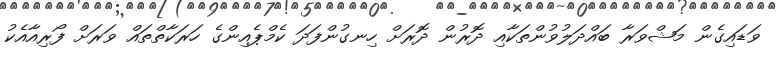
ވަޑައިގެން މަޝްވަރާ ބައްދަލުވުންތަކާއި ދޮރުން ދޮރަށް ހިނގުންފަދަ ކެމްޕެއިންގެ ހަރަކާތްތައް ވަރަށް ފޯރިއާއެކު